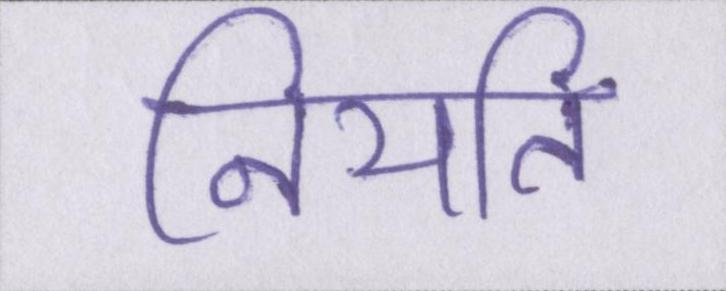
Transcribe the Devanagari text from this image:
नियति